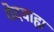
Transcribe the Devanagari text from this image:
वेदवाह्य